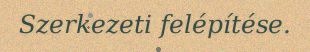
Szerkezeti felépítése.